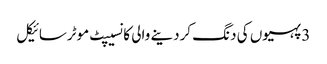
3 پہیوں کی دنگ کردینے والی کانسیپٹ موٹرسائیکل